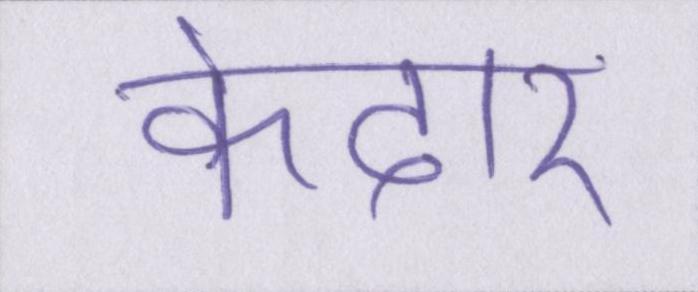
केदार